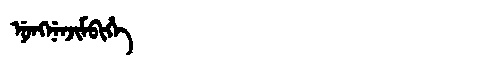
Manchu: ᠨᡠᠩᠨᡝᠨᠵᡳᠮᠪᡳᡥᡝ
Romanization: NUNGNENJIMBIHE